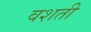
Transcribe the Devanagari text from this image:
वशती